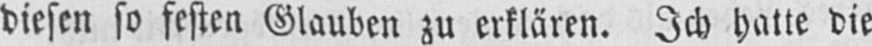
diesen so festen Glauben zu erklären. Ich hatte die